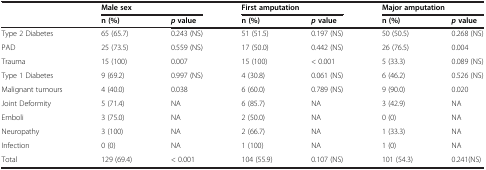
<table><thead><tr><td><b> </b></td><td colspan="2"><b>Male sex</b></td><td colspan="2"><b>First amputation</b></td><td colspan="2"><b>Major amputation</b></td></tr><tr><td><b> </b></td><td><b>n (%)</b></td><td><b> <i>p </i> value</b></td><td><b>n (%)</b></td><td><b> <i>p </i> value</b></td><td><b>n (%)</b></td><td><b> <i>p </i> value</b></td></tr></thead><tbody><tr><td>Type 2 Diabetes</td><td>65 (65.7)</td><td>0.243 (NS)</td><td>51 (51.5)</td><td>0.197 (NS)</td><td>50 (50.5)</td><td>0.268 (NS)</td></tr><tr><td>PAD</td><td>25 (73.5)</td><td>0.559 (NS)</td><td>17 (50.0)</td><td>0.442 (NS)</td><td>26 (76.5)</td><td>0.004</td></tr><tr><td>Trauma</td><td>15 (100)</td><td>0.007</td><td>15 (100)</td><td>&lt; 0.001</td><td>5 (33.3)</td><td>0.089 (NS)</td></tr><tr><td>Type 1 Diabetes</td><td>9 (69.2)</td><td>0.997 (NS)</td><td>4 (30.8)</td><td>0.061 (NS)</td><td>6 (46.2)</td><td>0.526 (NS)</td></tr><tr><td>Malignant tumours</td><td>4 (40.0)</td><td>0.038</td><td>6 (60.0)</td><td>0.789 (NS)</td><td>9 (90.0)</td><td>0.020</td></tr><tr><td>Joint Deformity</td><td>5 (71.4)</td><td>NA</td><td>6 (85.7)</td><td>NA</td><td>3 (42.9)</td><td>NA</td></tr><tr><td>Emboli</td><td>3 (75.0)</td><td>NA</td><td>2 (50.0)</td><td>NA</td><td>0 (0)</td><td>NA</td></tr><tr><td>Neuropathy</td><td>3 (100)</td><td>NA</td><td>2 (66.7)</td><td>NA</td><td>1 (33.3)</td><td>NA</td></tr><tr><td>Infection</td><td>0 (0)</td><td>NA</td><td>1 (100)</td><td>NA</td><td>1 (0)</td><td>NA</td></tr><tr><td>Total</td><td>129 (69.4)</td><td>&lt; 0.001</td><td>104 (55.9)</td><td>0.107 (NS)</td><td>101 (54.3)</td><td>0.241(NS)</td></tr></tbody></table>